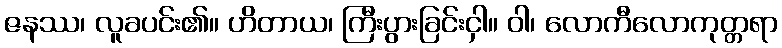
ဇနဿ၊ လူခပင်း၏။ ဟိတာယ၊ ကြီးပွားခြင်းငှါ။ ဝါ၊ လောကီလောကုတ္တရာ